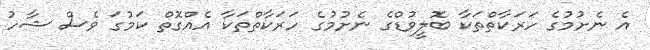
އެ ނެށުމުގެ ހަރަކާތްތަކާ ބޮލީވުޑްގެ ނެށުމުގެ ހަރަކާތްތަކާ އެއްގޮތް ކަމުގަ ވެސް ޝާހު